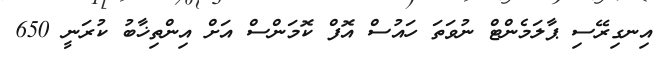
އިނގިރޭސި ޕާލަމެންޓް ނުވަތަ ހައުސް އޮފް ކޮމަންސް އަށް އިންތިޚާބު ކުރަނީ 650